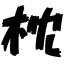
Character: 枕